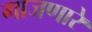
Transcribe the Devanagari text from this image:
गाजणारे